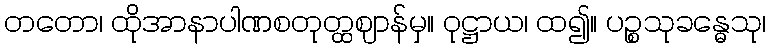
တတော၊ ထိုအာနာပါဏစတုတ္ထဈာန်မှ။ ဝုဋ္ဌာယ၊ ထ၍။ ပဉ္စသုခန္ဓေသု၊